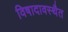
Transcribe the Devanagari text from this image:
विषादावस्थैत